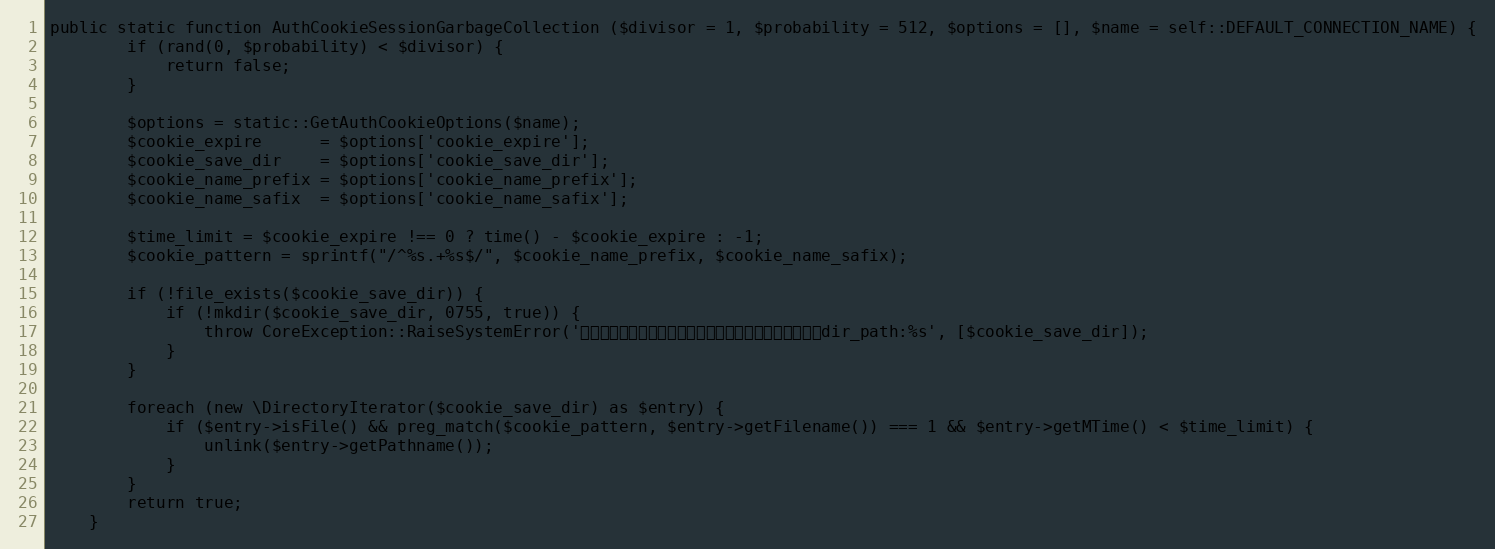
Language: PHP
public static function AuthCookieSessionGarbageCollection ($divisor = 1, $probability = 512, $options = [], $name = self::DEFAULT_CONNECTION_NAME) {
		if (rand(0, $probability) < $divisor) {
			return false;
		}

		$options = static::GetAuthCookieOptions($name);
		$cookie_expire		= $options['cookie_expire'];
		$cookie_save_dir	= $options['cookie_save_dir'];
		$cookie_name_prefix	= $options['cookie_name_prefix'];
		$cookie_name_safix	= $options['cookie_name_safix'];

		$time_limit = $cookie_expire !== 0 ? time() - $cookie_expire : -1;
		$cookie_pattern	= sprintf("/^%s.+%s$/", $cookie_name_prefix, $cookie_name_safix);

		if (!file_exists($cookie_save_dir)) {
			if (!mkdir($cookie_save_dir, 0755, true)) {
				throw CoreException::RaiseSystemError('クッキー認証用ディレクトリを構築できませんでした。dir_path:%s', [$cookie_save_dir]);
			}
		}

		foreach (new \DirectoryIterator($cookie_save_dir) as $entry) {
			if ($entry->isFile() && preg_match($cookie_pattern, $entry->getFilename()) === 1 && $entry->getMTime() < $time_limit) {
				unlink($entry->getPathname());
			}
		}
		return true;
	}